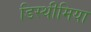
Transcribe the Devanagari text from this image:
डिस्थीमिया